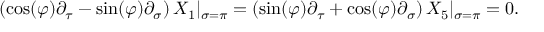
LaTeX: \left( \cos ( \varphi ) \partial _ { \tau } - \sin ( \varphi ) \partial _ { \sigma } \right) X _ { 1 } | _ { \sigma = \pi } = \left( \sin ( \varphi ) \partial _ { \tau } + \cos ( \varphi ) \partial _ { \sigma } \right) X _ { 5 } | _ { \sigma = \pi } = 0 .